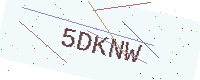
Text: 5DKNW